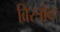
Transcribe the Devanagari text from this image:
बिस्त्रोव्ह